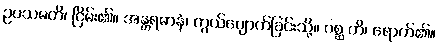
ဥပသမတိ၊ ငြိမ်း၏။ အန္တရဓာနံ၊ ကွယ်ပျောက်ခြင်းသို့။ ဂစ္ဆ တိ၊ ရောက်၏။